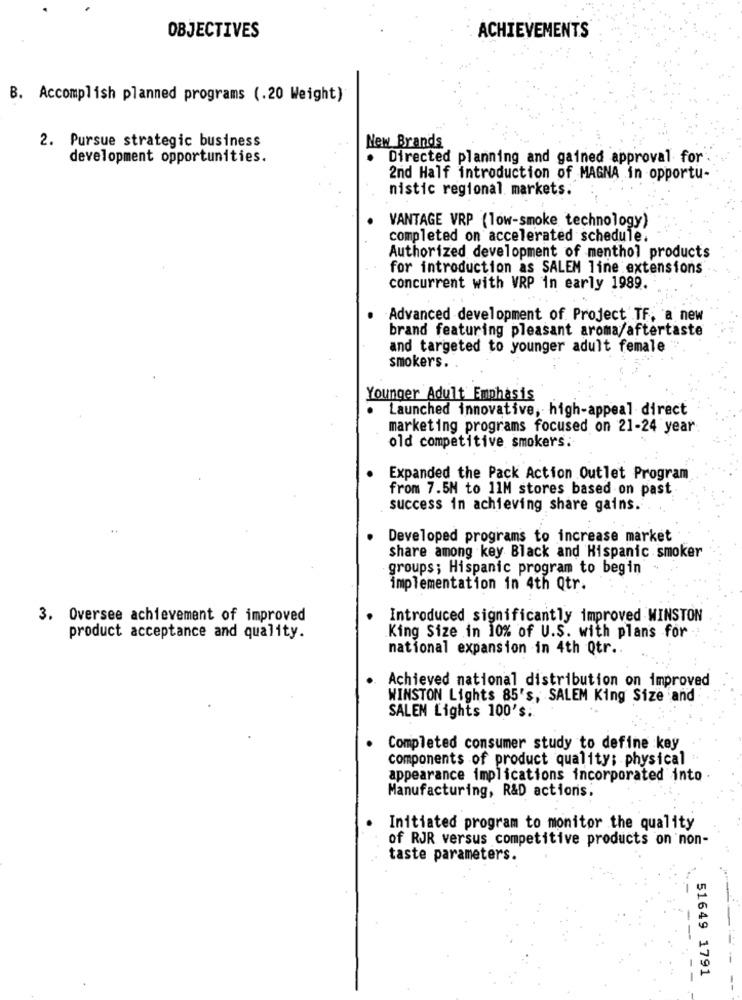
OBJECTIVES
ACHIEVEMENTS
B. Accomplish planned programs (.20 Weight)
2. Pursue strategic business
New Brands
development opportunities.
. Directed planning and gained approval for
2nd Half introduction of MAGNA in opportu-
nistic regional markets.
VANTAGE VRP (low-smoke technology)
completed on accelerated schedule.
Authorized development of menthol products
for introduction as SALEM line extensions
concurrent with VRP in early 1989.
-Advanced development of Project TF, a new
brand featuring pleasant aroma/aftertaste
and targeted to younger adult female
smokers.
Younger Adult Emphasis
Launched innovative, high-appeal direct
marketing programs focused on 21-24 year
old competitive smokers:
Expanded the Pack Action Outlet Program
from 7.5M to 11M stores based on past
success in achieving share gains.
Developed programs to increase market
share among key Black and Hispanic smoker
groups; Hispanic program to begin
implementation in 4th Qtr.
3. Oversee achievement of improved
Introduced significantly improved WINSTON
product acceptance and quality.
.King Size in 10% of U.S. with plans for
national expansion in 4th Qtr ..
Achieved national distribution on improved
WINSTON Lights 85's, SALEM King Size and
SALEN Lights 100's ..
Completed consumer study to define key
components of product quality; physical
appearance implications incorporated into
Manufacturing, R&D actions.
Initiated program to monitor the quality
of RJR versus competitive products on non-
taste parameters.
51649 1791